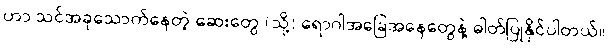
ဟာ သင်အခုသောက်နေတဲ့ ဆေးတွေ (သို့) ရောဂါအခြေအနေတွေနဲ့ ဓါတ်ပြုနိုင်ပါတယ်။